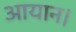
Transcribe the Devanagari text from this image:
आयान।